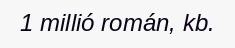
1 millió román, kb.